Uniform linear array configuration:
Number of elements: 16
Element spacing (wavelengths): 0.75
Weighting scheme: hamming
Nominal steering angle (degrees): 30
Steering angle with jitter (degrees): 31.503
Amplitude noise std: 0.05
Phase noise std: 0.05

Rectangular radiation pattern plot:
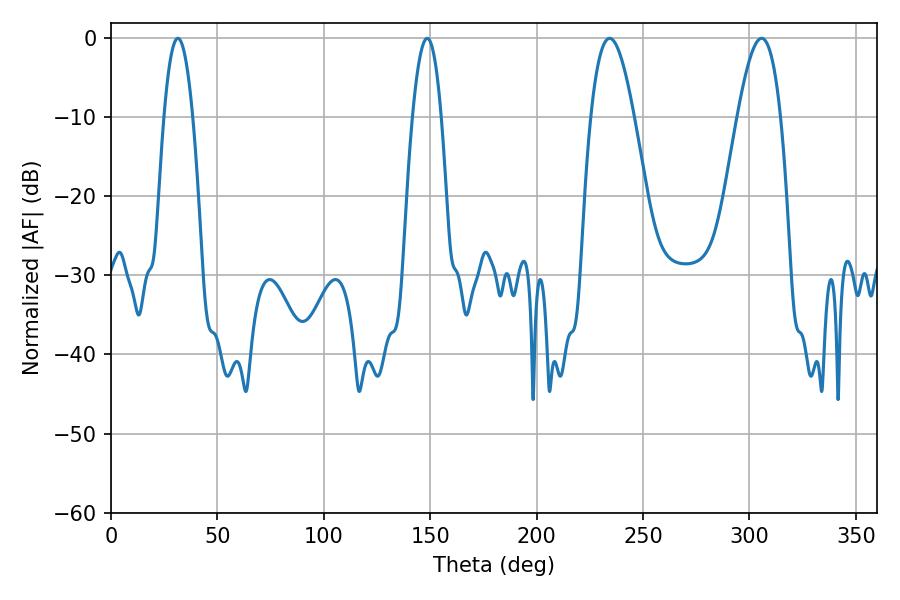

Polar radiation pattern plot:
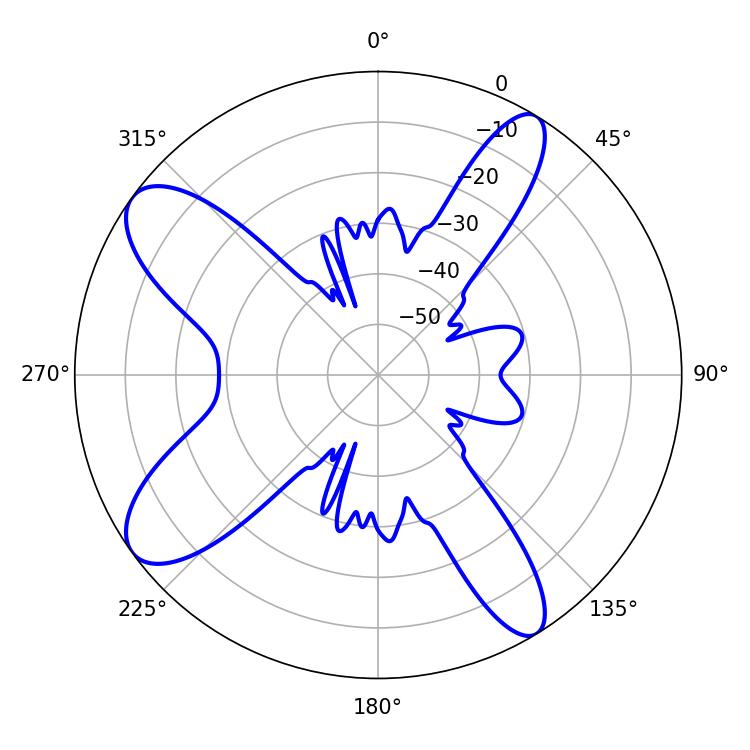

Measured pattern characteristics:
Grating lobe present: TRUE
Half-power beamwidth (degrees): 10.98
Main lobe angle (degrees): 305.64